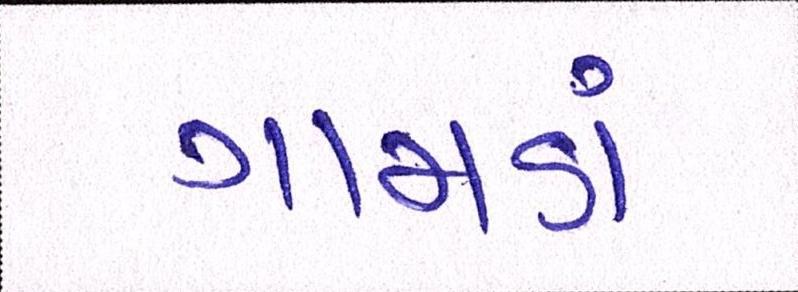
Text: ગામડાં